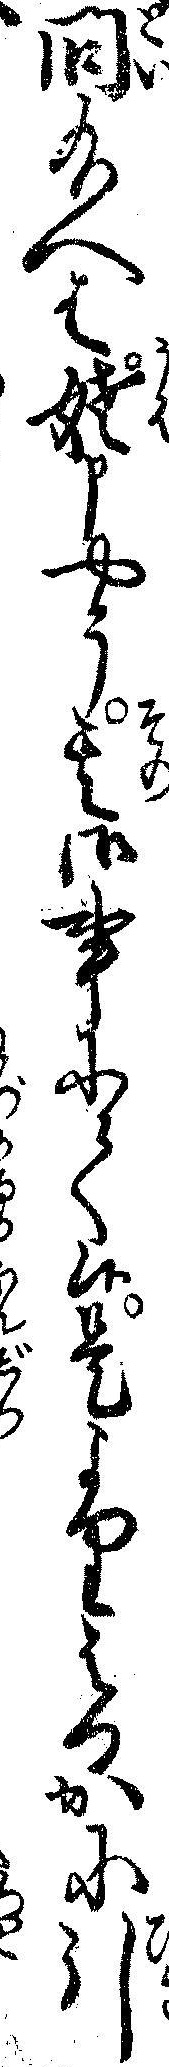
問給へは姥申やう其御事にて候是よりはるかに引